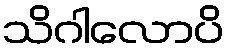
သိဂါလောပိ